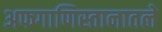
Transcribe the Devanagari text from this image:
अफगाणिस्तानातले